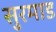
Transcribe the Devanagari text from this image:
सुरमाड